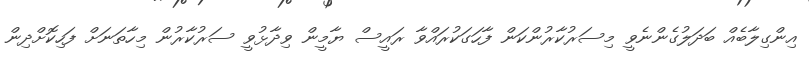
އިންގިލާބެއް ބަދަލުގެންނެވީ މިސަރުކާރުންކަން ފާހަގަކުރައްވާ ރައީސް ޔާމީން ވިދާޅުވީ ސަރުކާރުން މިހާތަނަށް ފަހިކޮށްދިން